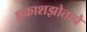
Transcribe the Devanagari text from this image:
प्रकाशझोताचे